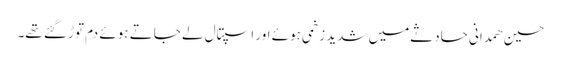
حسین ھمدانی حادثےمیں شدید زخمی ہوئے اور اسپتال لے جاتے ہوئے دم توڑ گئے تھے۔